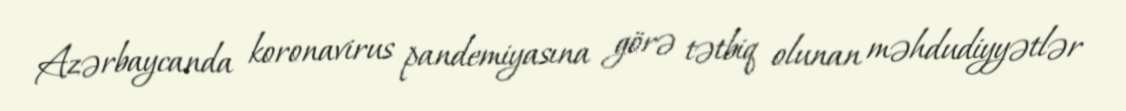
Azərbaycanda koronavirus pandemiyasına görə tətbiq olunan məhdudiyyətlər